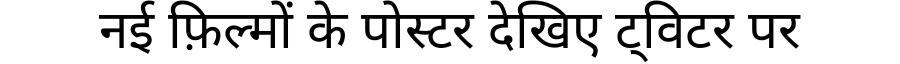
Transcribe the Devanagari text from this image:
नई फ़िल्मों के पोस्टर देखिए ट्विटर पर